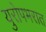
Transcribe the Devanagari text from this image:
युरोपभरात